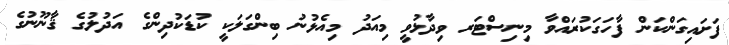
ފަށައިގަންކަން ފާހަގަކުރައްވާ މިނިސްޓަރ ވިދާޅުވީ މިއަދު މިއެޅުނު ބިންގަލަކީ ކުޑަކުދިންގެ އަދުލުގެ ޤާނޫނުގެ